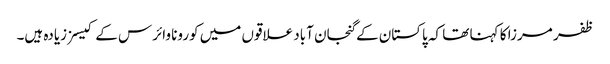
ظفر مرزا کا کہنا تھا کہ پاکستان کے گنجان آباد علاقوں میں کورونا وائرس کے کیسز زیادہ ہیں۔